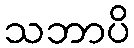
သဘာပိ